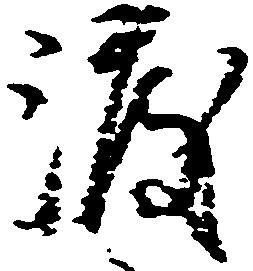
渡